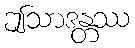
ဤသာဒန္တဿ